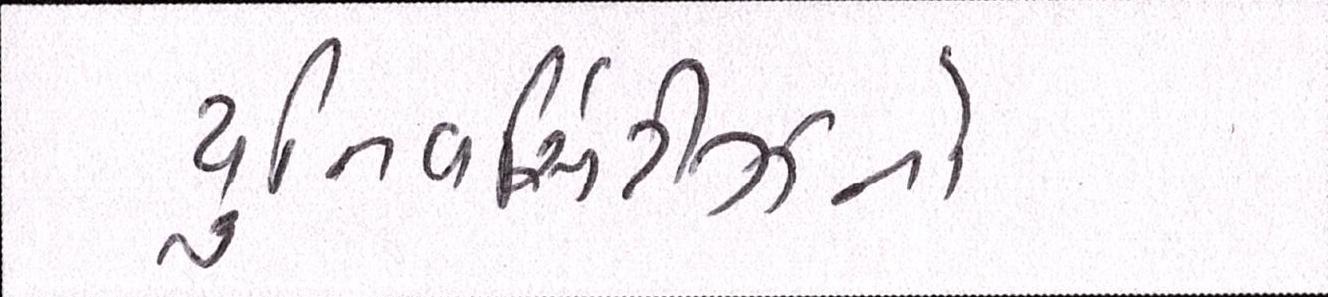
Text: યુનિવર્સિટીઝનો